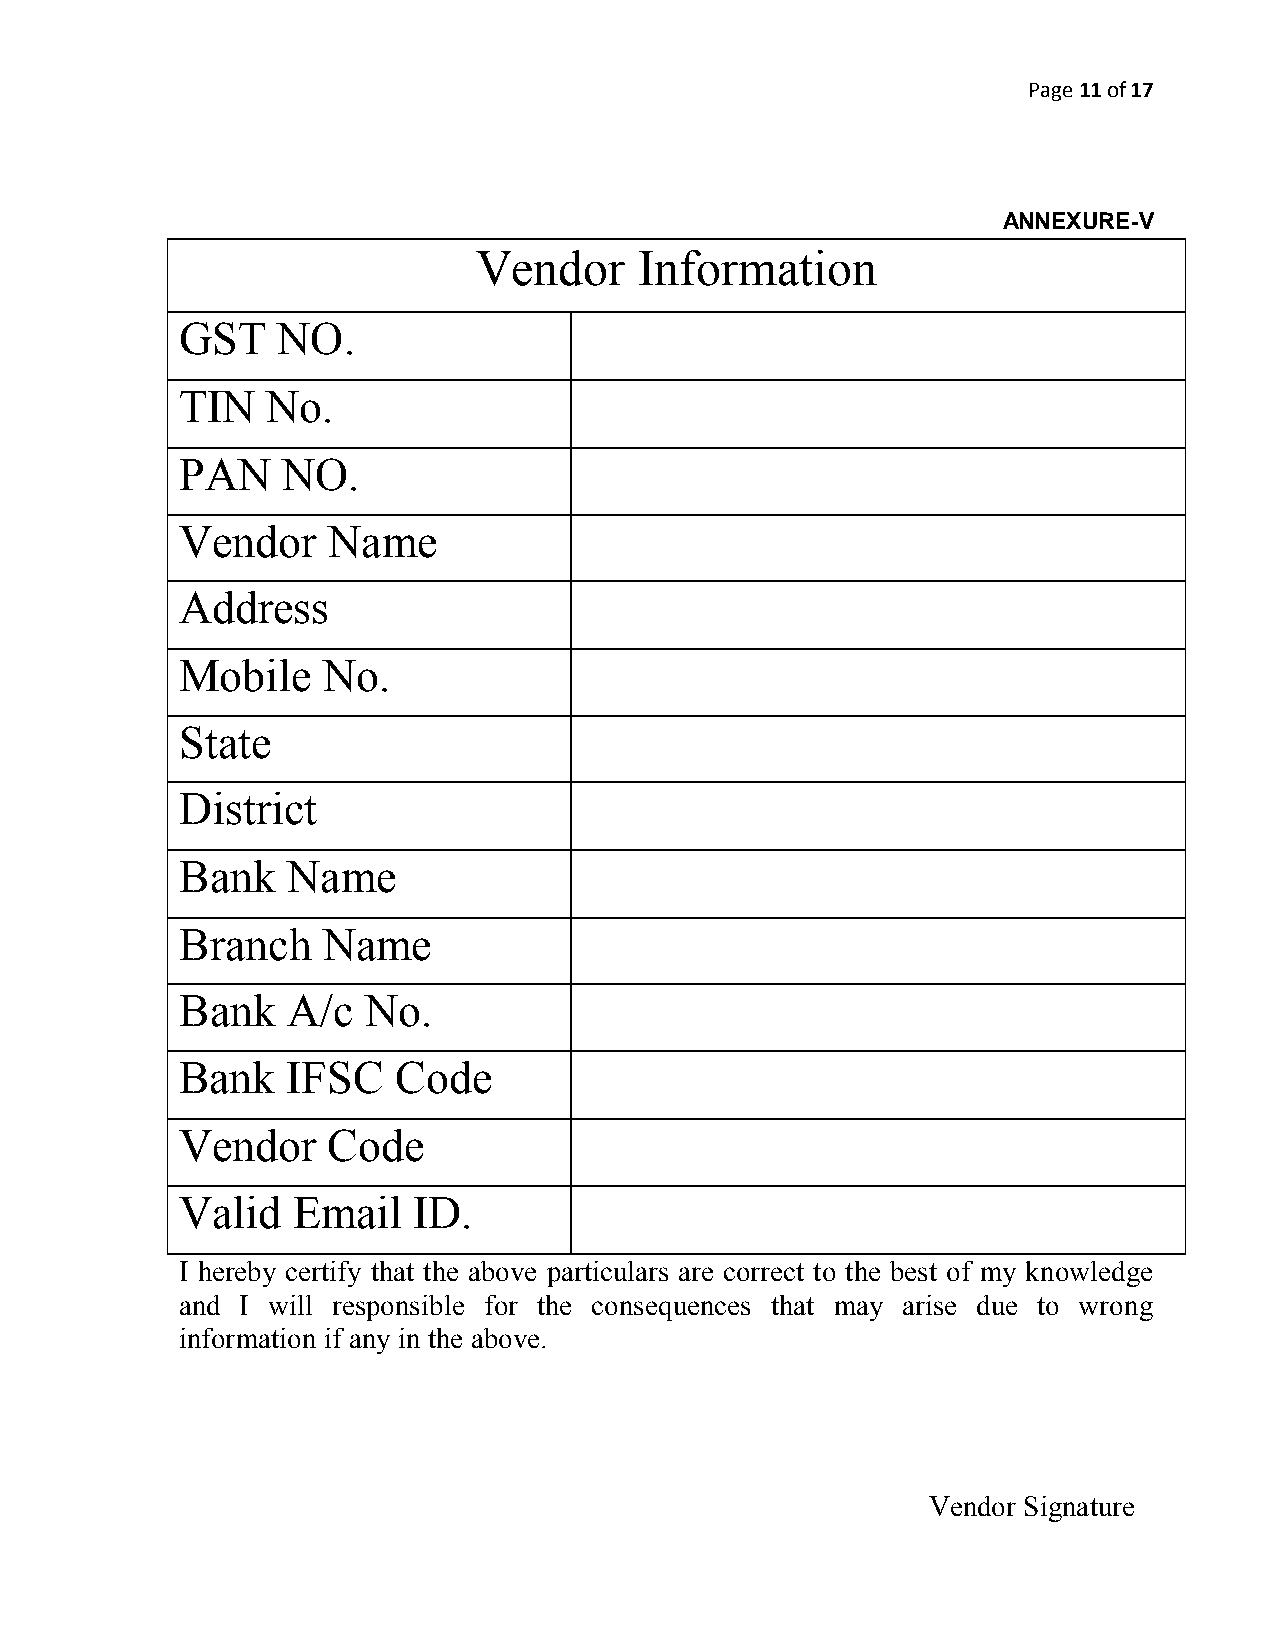
Page 11 of 17
 ANNEXURE-V
 Vendor    Information
 GST   NO.
 TIN   No.
 PAN    NO.
 Vendor    Name
 Address
 Mobile   No.
 State
 District
 Bank   Name
 Branch   Name
 Bank   A/c  No.
 Bank   IFSC   Code
 Vendor    Code
 Valid  Email   ID.
 I hereby certify that the above particulars are correct to the best of my knowledge
 and I will responsible for the consequences that may arise due to wrong
 information if any in the above.
 Vendor Signature